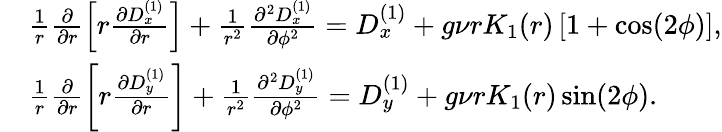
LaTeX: \begin{array}{rl}&{\frac{1}{r}\frac{\partial}{\partial r}\left[r\frac{\partial D_{x}^{(1)}}{\partial r}\right]+\frac{1}{r^{2}}\frac{\partial^{2}D_{x}^{(1)}}{\partial\phi^{2}}=D_{x}^{(1)}+g\nu rK_{1}(r)\left[1+\cos(2\phi)\right],}\\ &{\frac{1}{r}\frac{\partial}{\partial r}\left[r\frac{\partial D_{y}^{(1)}}{\partial r}\right]+\frac{1}{r^{2}}\frac{\partial^{2}D_{y}^{(1)}}{\partial\phi^{2}}=D_{y}^{(1)}+g\nu rK_{1}(r)\sin(2\phi).}\end{array}